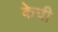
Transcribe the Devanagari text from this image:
केची